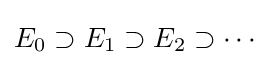
E_{0}\supset E_{1}\supset E_{2}\supset \cdots